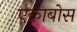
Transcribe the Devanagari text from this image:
एक्राबोस